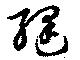
縫